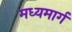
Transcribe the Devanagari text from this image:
मध्‍यमार्ग